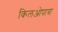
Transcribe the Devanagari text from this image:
किलओपात्रा